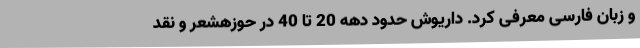
و زبان فارسی معرفی کرد. داریوش حدود دهه 20 تا 40 در حوزهشعر و نقد